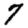
Digit: 7